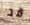
قد